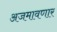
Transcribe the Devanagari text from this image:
अजमावणार